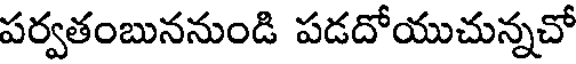
పర్వతంబుననుండి పడదోయుచున్నచో